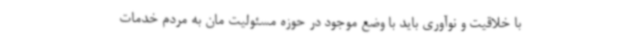
با خلاقیت و نوآوری باید با وضع موجود در حوزه مسئولیت مان به مردم خدمات